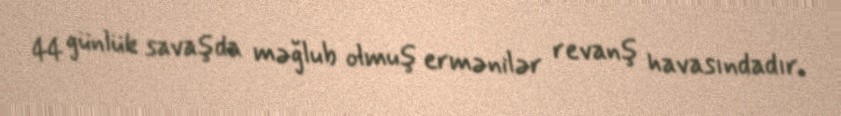
44 günlük savaşda məğlub olmuş ermənilər revanş havasındadır.